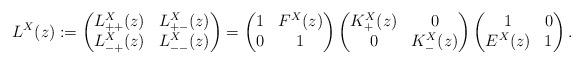
LaTeX: \begin{align*} L^X(z) := \begin{pmatrix}L_{++}^X(z) & L_{+-}^X(z) \\L_{-+}^X(z) & L_{--}^X(z)\end{pmatrix} = \begin{pmatrix}1 & F^X(z) \\0 & 1\end{pmatrix} \begin{pmatrix}K_+^X(z) & 0 \\0 & K_-^X(z) \end{pmatrix} \begin{pmatrix}1 & 0 \\E^X(z) & 1\end{pmatrix}.\end{align*}